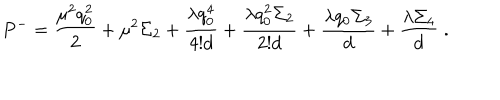
P ^ { - } = { \frac { \mu ^ { 2 } q _ { 0 } ^ { 2 } } { 2 } } + \mu ^ { 2 } \Sigma _ { 2 } + { \frac { \lambda q _ { 0 } ^ { 4 } } { 4 ! d } } + { \frac { \lambda q _ { 0 } ^ { 2 } \Sigma _ { 2 } } { 2 ! d } } + { \frac { \lambda q _ { 0 } \Sigma _ { 3 } } { d } } + { \frac { \lambda \Sigma _ { 4 } } { d } } \; .